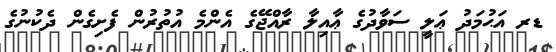
ޑރ އަޙުމަދު ޢަލީ ސަވާދުގެ ޢާއިލާ ރާއްޖޭގެ އެންމެ އުތުރުން ފެށިގެން ދެކުނުގެ